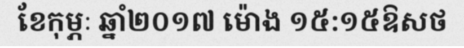
ខែកុម្ភៈ ឆ្នាំ២០១៧ ម៉ោង ១៥:១៥ឱសថ